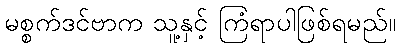
မစ္စက်ဒင်ဗာက သူ့နှင့် ကြံရာပါဖြစ်ရမည်။